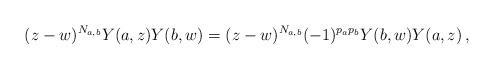
LaTeX: \begin{align*}(z-w)^{N_{a,b}} Y(a,z) Y(b,w) = (z-w)^{N_{a,b}} (-1)^{p_a p_b} Y(b,w) Y(a,z) \,,\end{align*}